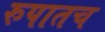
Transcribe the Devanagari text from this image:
रुपातच